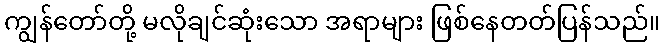
ကျွန်တော်တို့ မလိုချင်ဆုံးသော အရာများ ဖြစ်နေတတ်ပြန်သည်။